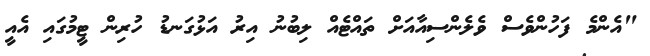
"އެންމެ ފަހުންވެސް ވެލެންސިއާއަށް ތައްޓެއް ލިބުނު އިރު އަޅުގަނޑު ހުރިން ޓީމުގައި އެއީ